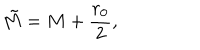
LaTeX: \tilde { M } = M + \frac { r _ { 0 } } { 2 } ,